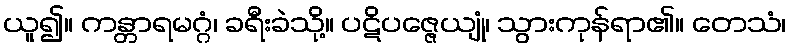
ယူ၍။ ကန္တာရမဂ္ဂံ၊ ခရီးခဲသို့။ ပဋိပဇ္ဇေယျုံ၊ သွားကုန်ရာ၏။ တေသံ၊